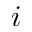
i